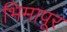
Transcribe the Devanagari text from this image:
भिमापूर